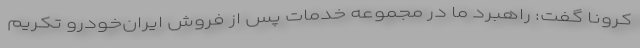
کرونا گفت: راهبرد ما در مجموعه خدمات پس از فروش ایران‌خودرو تکریم